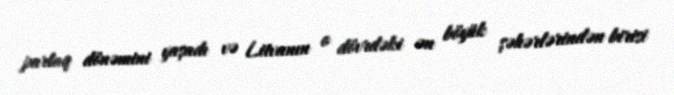
parlaq dönəmini yaşadı və Litvanın o dövrdəki ən böyük şəhərlərindən birisi